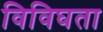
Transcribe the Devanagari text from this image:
विविघता